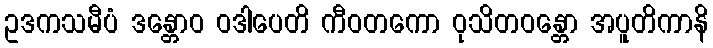
ဥဒကသမီပံ ဒန္တောဝ ဝဒါပေတိ ကီဝတကော ဝုသိတဝန္တော အပူတိကာနိ